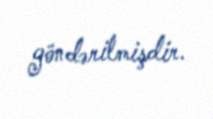
göndərilmişdir.